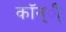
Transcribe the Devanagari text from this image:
कॉन्ी्